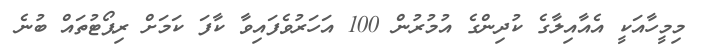
މިމީހާއަކީ އެއާއިލާގެ ކުދިންގެ އުމުރުން 100 އަހަރުވެފައިވާ ކާފަ ކަމަށް ރިޕޯޓުތައް ބުނެ